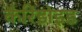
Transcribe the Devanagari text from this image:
कैरिडोइड